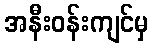
အနီးဝန်းကျင်မှ